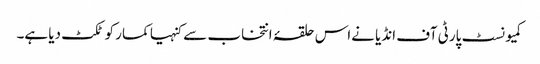
کمیونسٹ پارٹی آف انڈیا نےاس حلقۂ انتخاب سے کنہیا کمار کو ٹکٹ دیا ہے۔